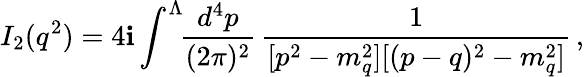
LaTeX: I_{2}(q^{2})=4\mathbf{i}\int^{\Lambda}\! \! {\frac{{d^{4}p}}{{(2\pi)^{2}}}}\, {\frac{{1}}{{[p^{2}-m_{q}^{2}][(p-q)^{2}-m_{q}^{2}]}}}\, ,